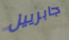
جابرييل